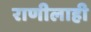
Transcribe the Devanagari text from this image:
राणीलाही